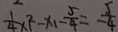
\frac { 1 } { 4 } \times F - x _ { 1 } - \frac { 5 } { 4 } = \frac { 5 } { 4 }